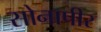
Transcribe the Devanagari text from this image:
सोनापीर